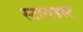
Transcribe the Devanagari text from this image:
स्टाररडस्ट